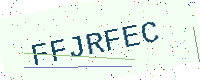
Text: FFJRFEC